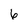
Character: 6